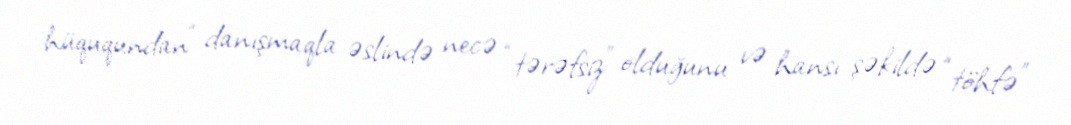
hüququndan” danışmaqla əslində necə “tərəfsiz” olduğunu və hansı şəkildə “töhfə”